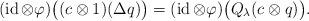
LaTeX: \begin{align*}(\operatorname{id}\otimes\varphi)\bigl((c\otimes1)(\Delta q)\bigr)=(\operatorname{id}\otimes\varphi)\bigl(Q_{\lambda}(c\otimes q)\bigr).\end{align*}